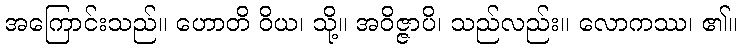
အကြောင်းသည်။ ဟောတိ ဝိယ၊ သို့။ အဝိဇ္ဇာပိ၊ သည်လည်း။ လောကဿ၊ ၏။